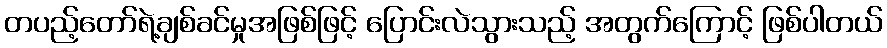
တပည့်တော်ရဲ့ချစ်ခင်မှုအဖြစ်ဖြင့် ပြောင်းလဲသွားသည့် အတွက်ကြောင့် ဖြစ်ပါတယ်